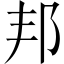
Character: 邦